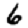
Digit: 6